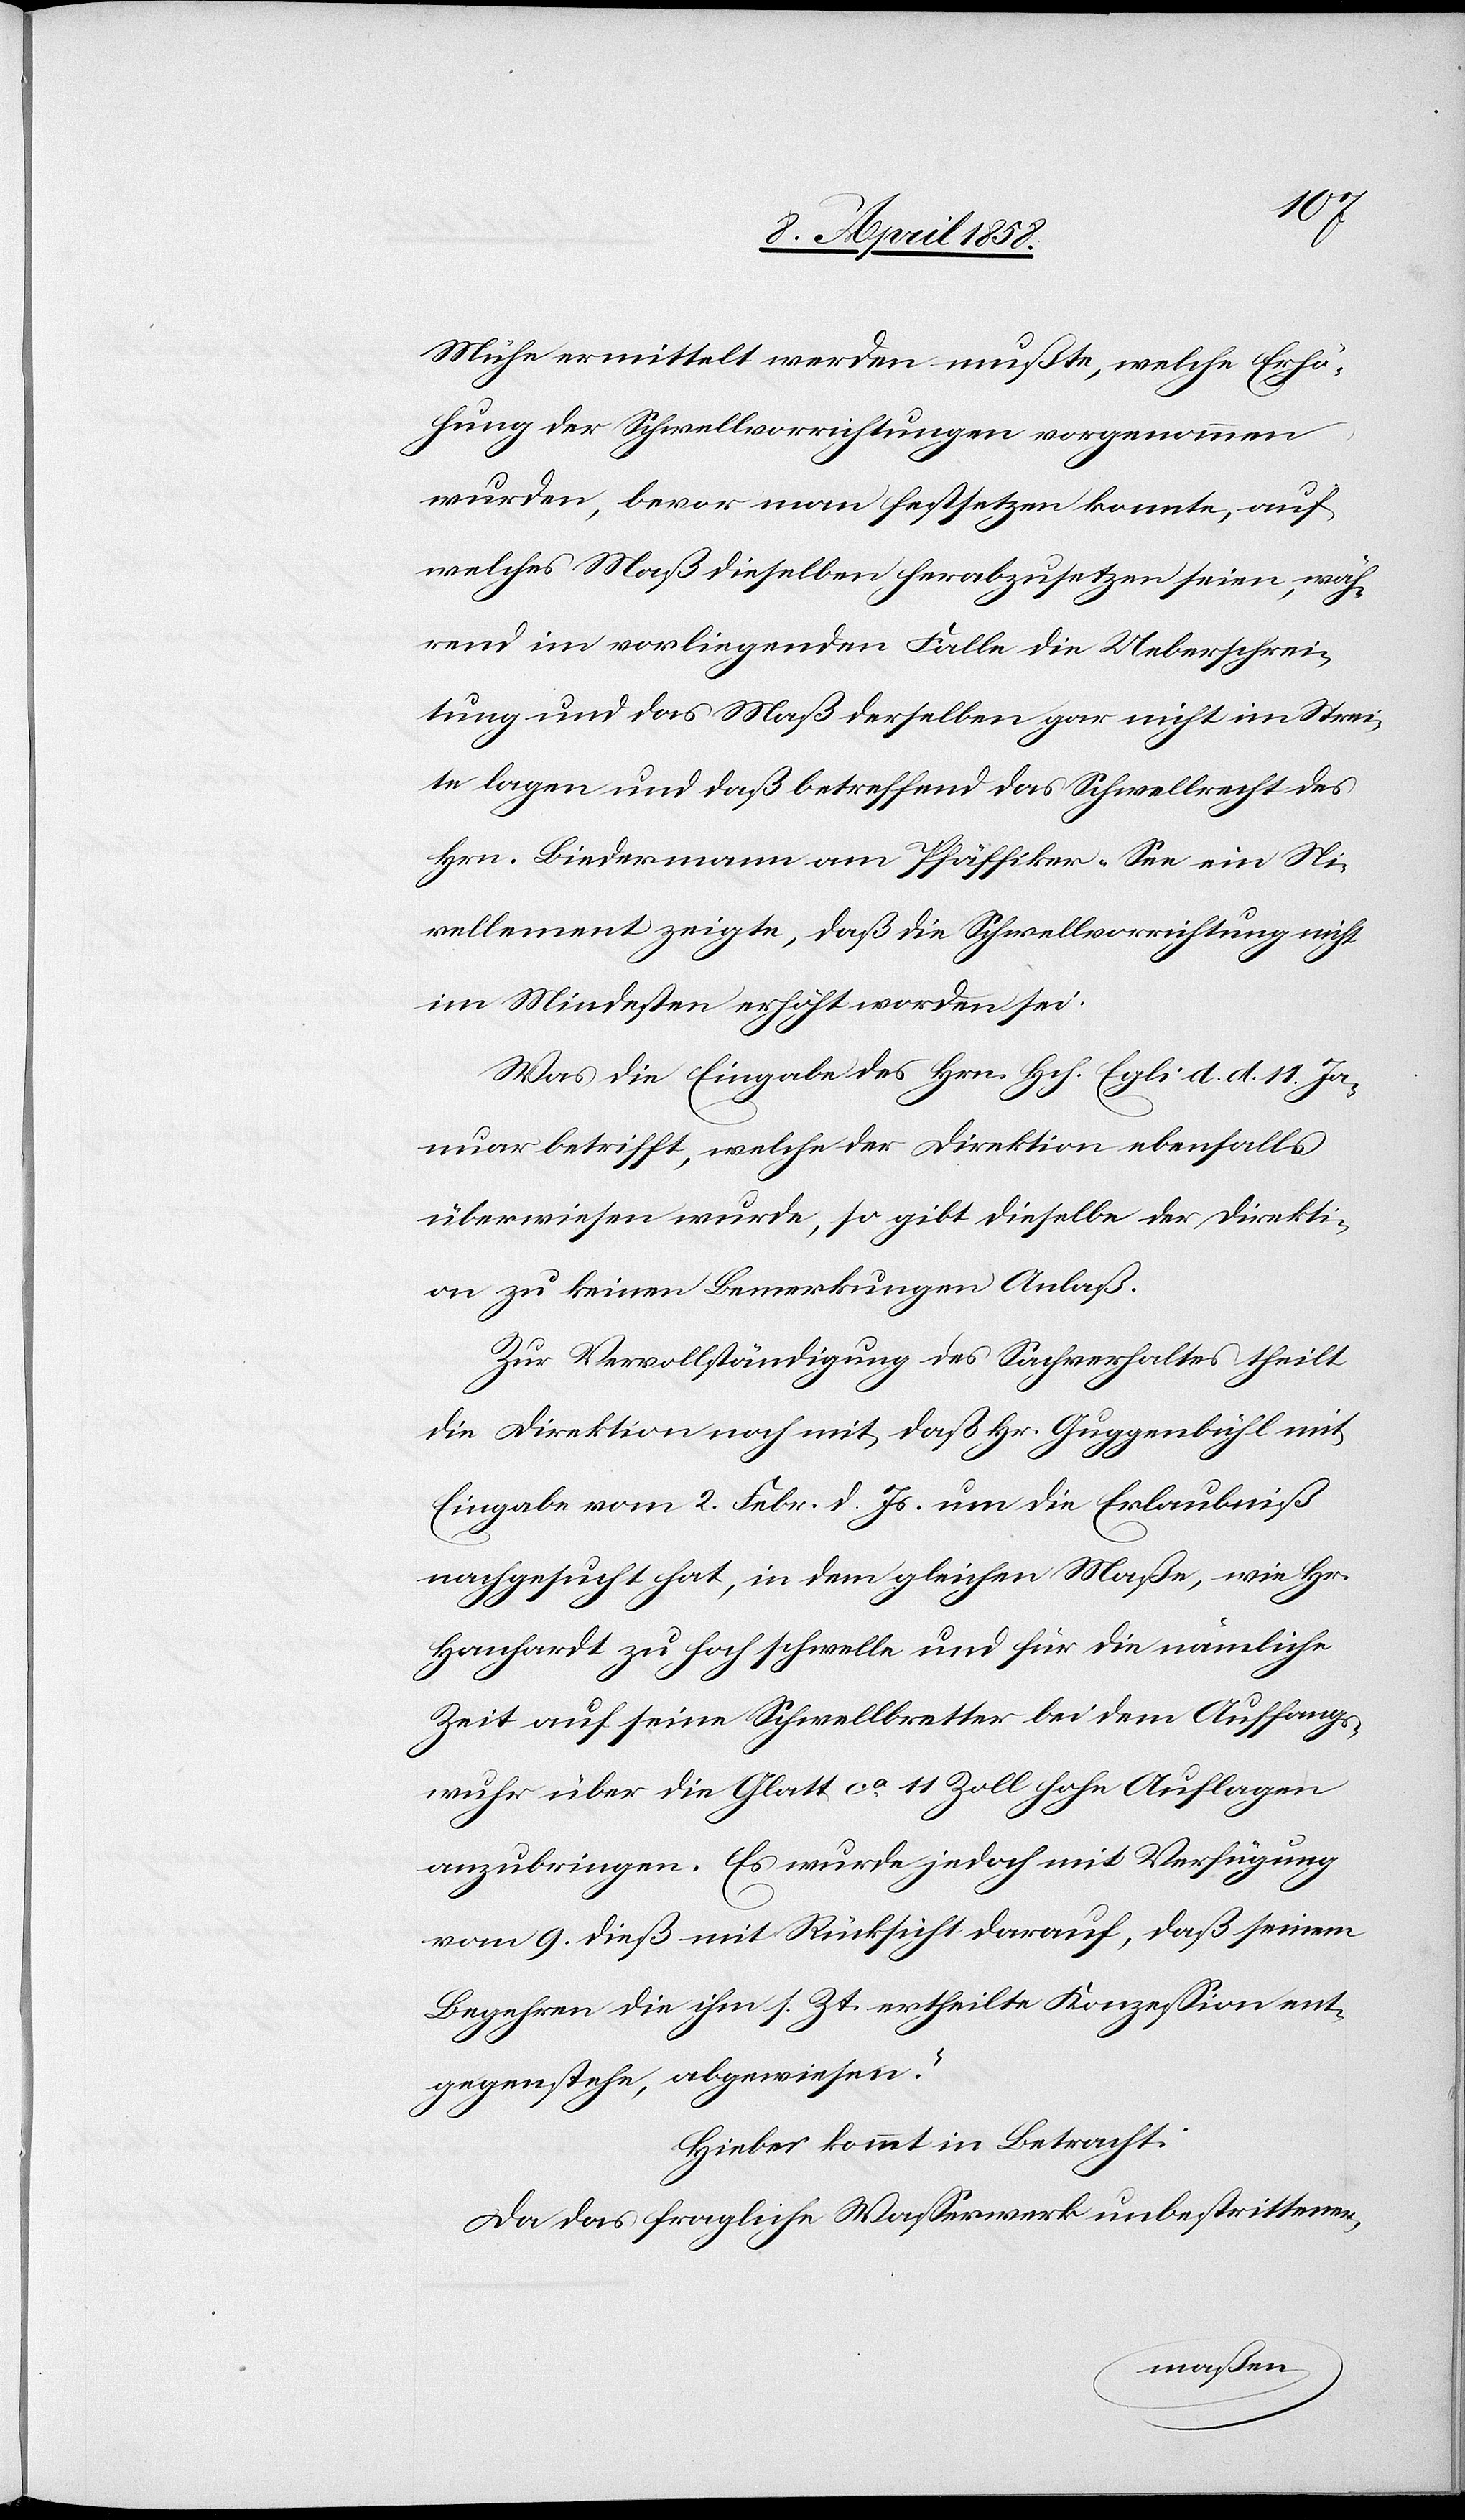
Mühe ermittelt werden mußte, welche Erhö¬
hung der Schwellvorrichtungen vorgenommen
wurden, bevor man festsetzen konnte, auf
welches Maß dieselben herabzusetzen seien, wäh¬
rend im vorliegenden Falle die Ueberschrei¬
tung und das Maß derselben gar nicht im Strei¬
te lagen und daß betreffend das Schwellrecht des
Hrn. Biedermann am Pfäffiker-See ein Ni¬
vellement zeigte, daß die Schwellvorrichtung nicht
im Mindesten erhöht worden sei.
Was die Eingabe des Hrn. Hch. Egli d. d. 11. Ja¬
nuar betrifft, welche der Direktion ebenfalls
überwiesen wurde, so gibt dieselbe der Direkti¬
on zu keinen Bemerkungen Anlaß.
Zur Vervollständigung des Sachverhaltes theilt
die Direktion noch mit, daß Hr. Guggenbühl mit
Eingabe vom 2. Febr. d. Js. um die Erlaubniß
nachgesucht hat, in dem gleichen Maße, wie Hr.
Hanhardt zu hoch schwelle und für die nämliche
Zeit auf seine Schwellbretter bei dem Auffangs¬
wuhr über die Glatt ca 11 Zoll hohe Auflagen
anzubringen. Es wurde jedoch mit Verfügung
vom 9. dieß mit Rücksicht darauf, daß seinem
Begehren die ihm s. Zt. ertheilte Konzession ent¬
gegenstehe, abgewiesen.“
Hiebei kommt in Betracht:
Da das fragliche Wasserwerk unbestrittener-